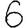
Digit: 6